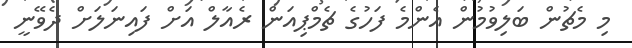
މި މެޗުން ބަލިވުމުން އެންމެ ފަހުގެ ޗެމްޕިއަން ރެއާލް އަށް ފައިނަލަށް ދެވޭނީ